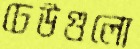
ঢেউগুলো